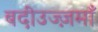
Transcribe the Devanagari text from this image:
बदीउज्ज़माँ